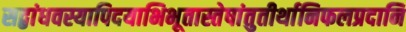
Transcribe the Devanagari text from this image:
सद्बांधवस्यापिदयाभिभूतास्तेषांतुतीर्थानिफलप्रदानि